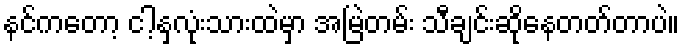
နင်ကတော့ ငါ့နှလုံးသားထဲမှာ အမြဲတမ်း သီချင်းဆိုနေတတ်တာပဲ။